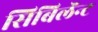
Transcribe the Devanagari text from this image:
सिबिलॅन्ट